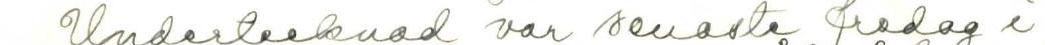
Undertecknad var senaste fredag i